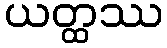
ယတ္ထဿ